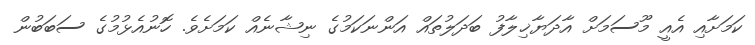
ކަމަށާއި އެއީ މޫސަމަށް އާދަޔާޚިލާފު ބަދަލުތައް އަންނަކަމުގެ ނިޝާނެއް ކަމަށެވެ. ހޮނުއެޅުމުގެ ސަބަބުން